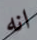
انه